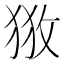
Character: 𢼥